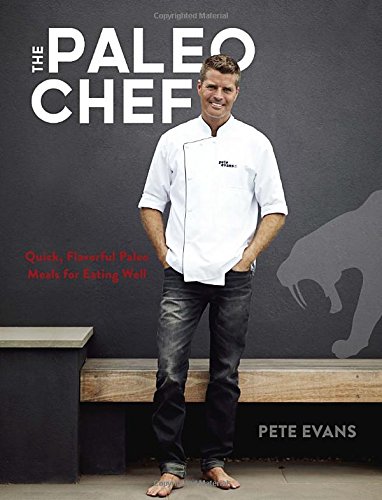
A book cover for The Paleo Chef: Quick, Flavorful Paleo Meals for Eating Well; Pete Evans; Cookbooks, Food & Wine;